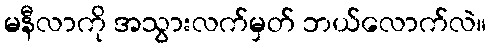
မနီလာကို အသွားလက်မှတ် ဘယ်လောက်လဲ။